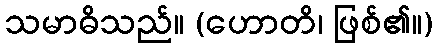
သမာဓိသည်။ (ဟောတိ၊ ဖြစ်၏။)